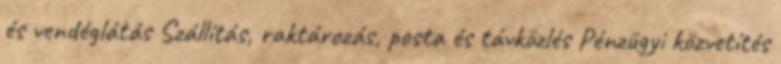
és vendéglátás Szállítás, raktározás, posta és távközlés Pénzügyi közvetítés